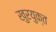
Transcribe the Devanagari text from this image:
खुरयुक्त